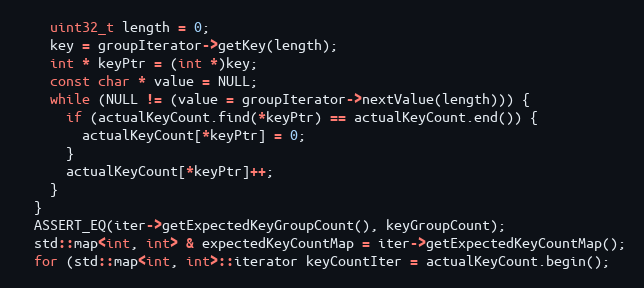
Language: C++
    uint32_t length = 0;
    key = groupIterator->getKey(length);
    int * keyPtr = (int *)key;
    const char * value = NULL;
    while (NULL != (value = groupIterator->nextValue(length))) {
      if (actualKeyCount.find(*keyPtr) == actualKeyCount.end()) {
        actualKeyCount[*keyPtr] = 0;
      }
      actualKeyCount[*keyPtr]++;
    }
  }
  ASSERT_EQ(iter->getExpectedKeyGroupCount(), keyGroupCount);
  std::map<int, int> & expectedKeyCountMap = iter->getExpectedKeyCountMap();
  for (std::map<int, int>::iterator keyCountIter = actualKeyCount.begin();